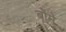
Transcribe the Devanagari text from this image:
बोमे